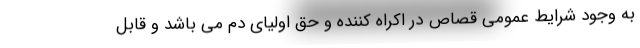
به وجود شرایط عمومی قصاص در اکراه کننده و حق اولیای دم می باشد و قابل